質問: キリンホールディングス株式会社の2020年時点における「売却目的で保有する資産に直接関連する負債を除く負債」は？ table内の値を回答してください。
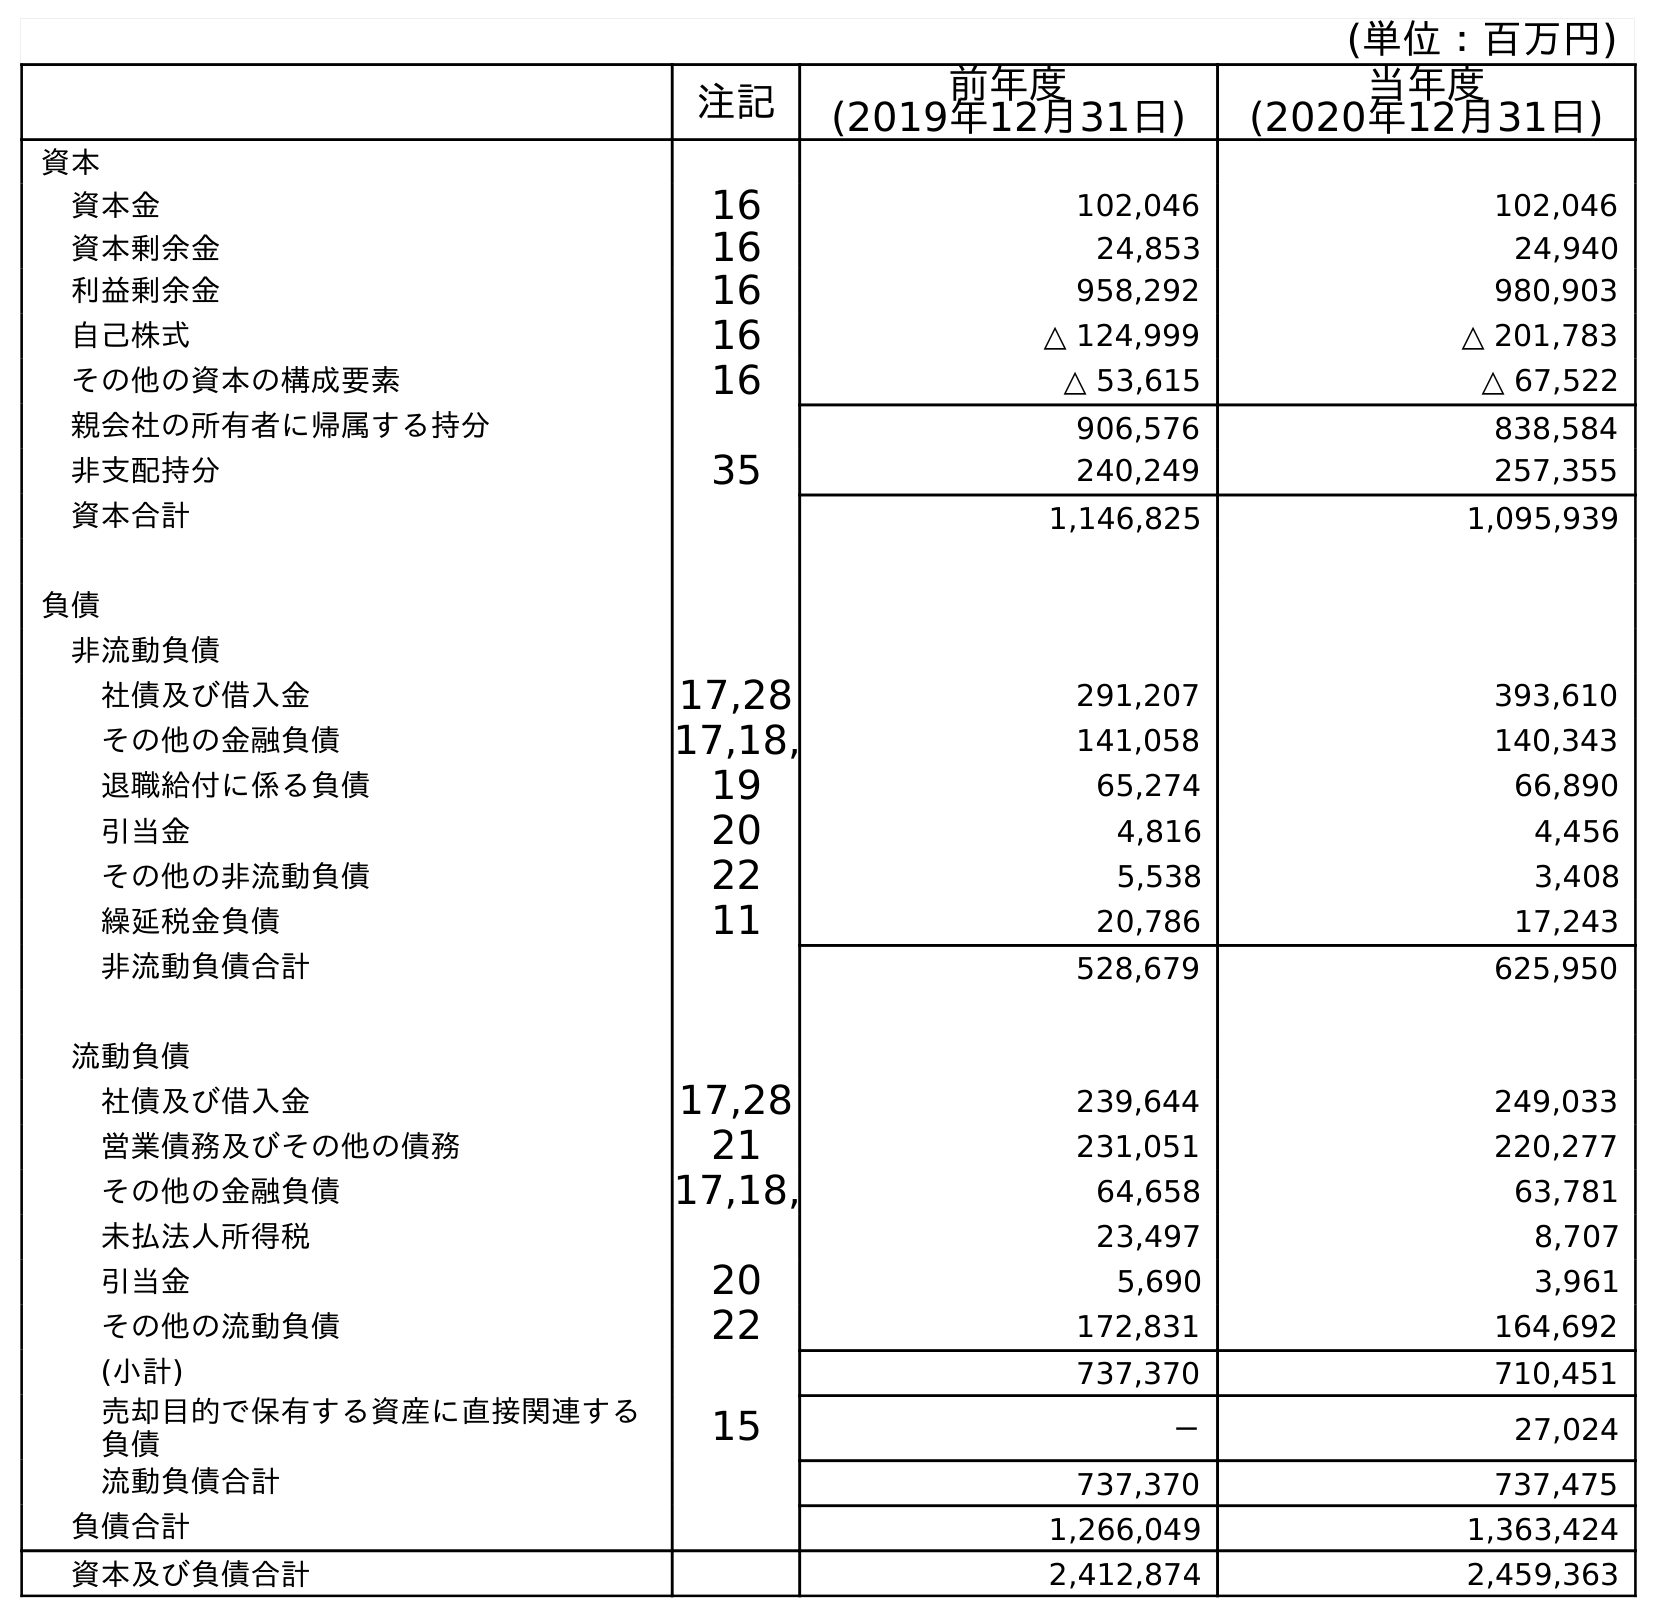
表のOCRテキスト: (単位：百万円) 注記 前年度 (2019年12月31日) 当年度 (2020年12月31日) 資本 資本金 16 102,046 102,046 資本剰余金 16 24,853 24,940 利益剰余金 16 958,292 980,903 自己株式 16 △ 124,999 △ 201,783 その他の資本の構成要素 16 △ 53,615 △ 67,522 親会社の所有者に帰属する持分 906,576 838,584 非支配持分 35 240,249 257,355 資本合計 1,146,825 1,095,939 負債 非流動負債 社債及び借入金 17,28 291,207 393,610 その他の金融負債 17,18, 141,058 140,343 退職給付に係る負債 19 65,274 66,890 引当金 20 4,816 4,456 その他の非流動負債 22 5,538 3,408 繰延税金負債 11 20,786 17,243 非流動負債合計 528,679 625,950 流動負債 社債及び借入金 17,28 239,644 249,033 営業債務及びその他の債務 21 231,051 220,277 その他の金融負債 17,18, 64,658 63,781 未払法人所得税 23,497 8,707 引当金 20 5,690 3,961 その他の流動負債 22 172,831 164,692 (小計) 737,370 710,451 売却目的で保有する資産に直接関連する 負債 15 － 27,024 流動負債合計 737,370 737,475 負債合計 1,266,049 1,363,424 資本及び負債合計 2,412,874 2,459,363
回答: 710,451